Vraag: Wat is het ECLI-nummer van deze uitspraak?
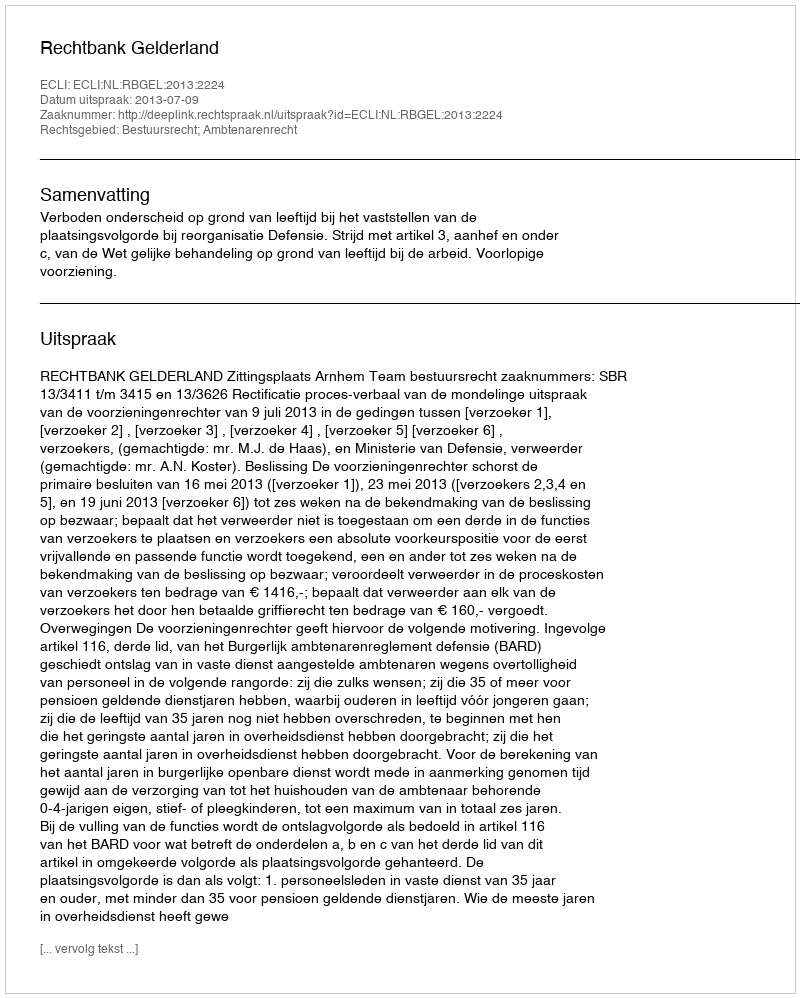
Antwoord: ECLI:NL:RBGEL:2013:2224